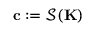
\mathbf { c } : = \mathcal { S } ( \mathbf { K } )